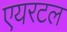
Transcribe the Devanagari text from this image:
एयरटल